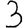
Digit: 3